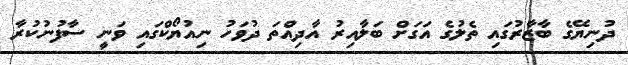
ދުނިޔޭގެ ބާޒާރުގައި ތެލުގެ އަގަށް ބަލާއިރު އާދިއްތަ ދުވަހު ނިއުޔޯކްގައި ވަނީ ސާފުނުކުރާ